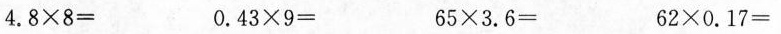
$$4 . 8 \times 8 =$$ $$0 . 4 3\times 9 =$$ $$6 5 \times 3 .6 =$$ $$6 2 \times 0 . 1 7 =$$